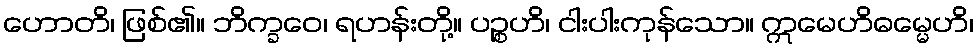
ဟောတိ၊ ဖြစ်၏။ ဘိက္ခဝေ၊ ရဟန်းတို့။ ပဉ္စဟိ၊ ငါးပါးကုန်သော။ ဣမေဟိဓမ္မေဟိ၊